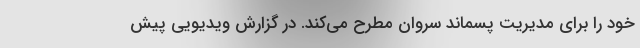
خود را برای مدیریت پسماند سروان مطرح می‌کند. در گزارش ویدیویی پیش